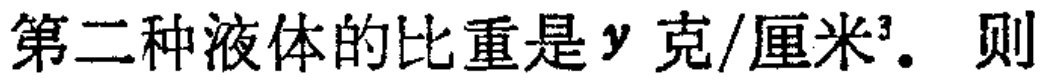
第二种液体的比重是$y$克/厘米³. 则